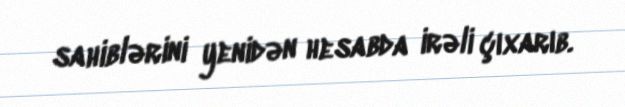
sahiblərini yenidən hesabda irəli çıxarıb.